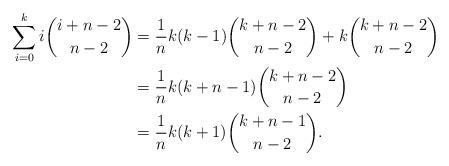
LaTeX: \begin{align*}\sum_{i=0}^k i\binom{i+n-2}{n-2}&=\frac{1}{n}k(k-1)\binom{k+n-2}{n-2}+k\binom{k+n-2}{n-2} \\&= \frac{1}{n}k(k+n-1)\binom{k+n-2}{n-2} \\&= \frac{1}{n}k(k+1)\binom{k+n-1}{n-2}. \\\end{align*}